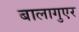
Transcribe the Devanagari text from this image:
बालागुएर